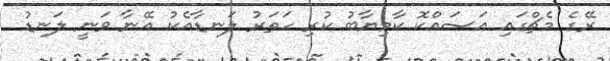
ރޭގެ މެޗްގައި އަސައްކޮ ކާމިޔާބު ކުރި ހަތަރު ލަނޑާއެކު އޭނާ ވަނީ ލަނޑު